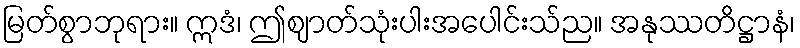
မြတ်စွာဘုရား။ ဣဒံ၊ ဤဈာတ်သုံးပါးအပေါင်းသ်ည။ အနုဿတိဋ္ဌာနံ၊